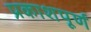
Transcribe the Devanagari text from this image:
प्रकाशपूर्ण